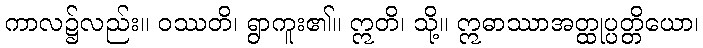
ကာလ၌လည်း။ ဝဿတိ၊ ရွာကူး၏။ ဣတိ၊ သို့။ ဣဓာဿာအတ္ထုပ္ပတ္တိယော၊